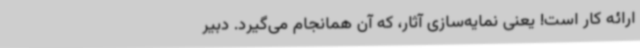
ارائه کار است! یعنی نمایه‌سازی آثار، که آن همانجام می‌گیرد. دبیر